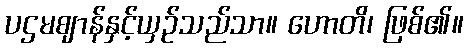
ပဌမဈာန်နှင့်ယှဉ်သည်သာ။ ဟောတိ၊ ဖြစ်၏။